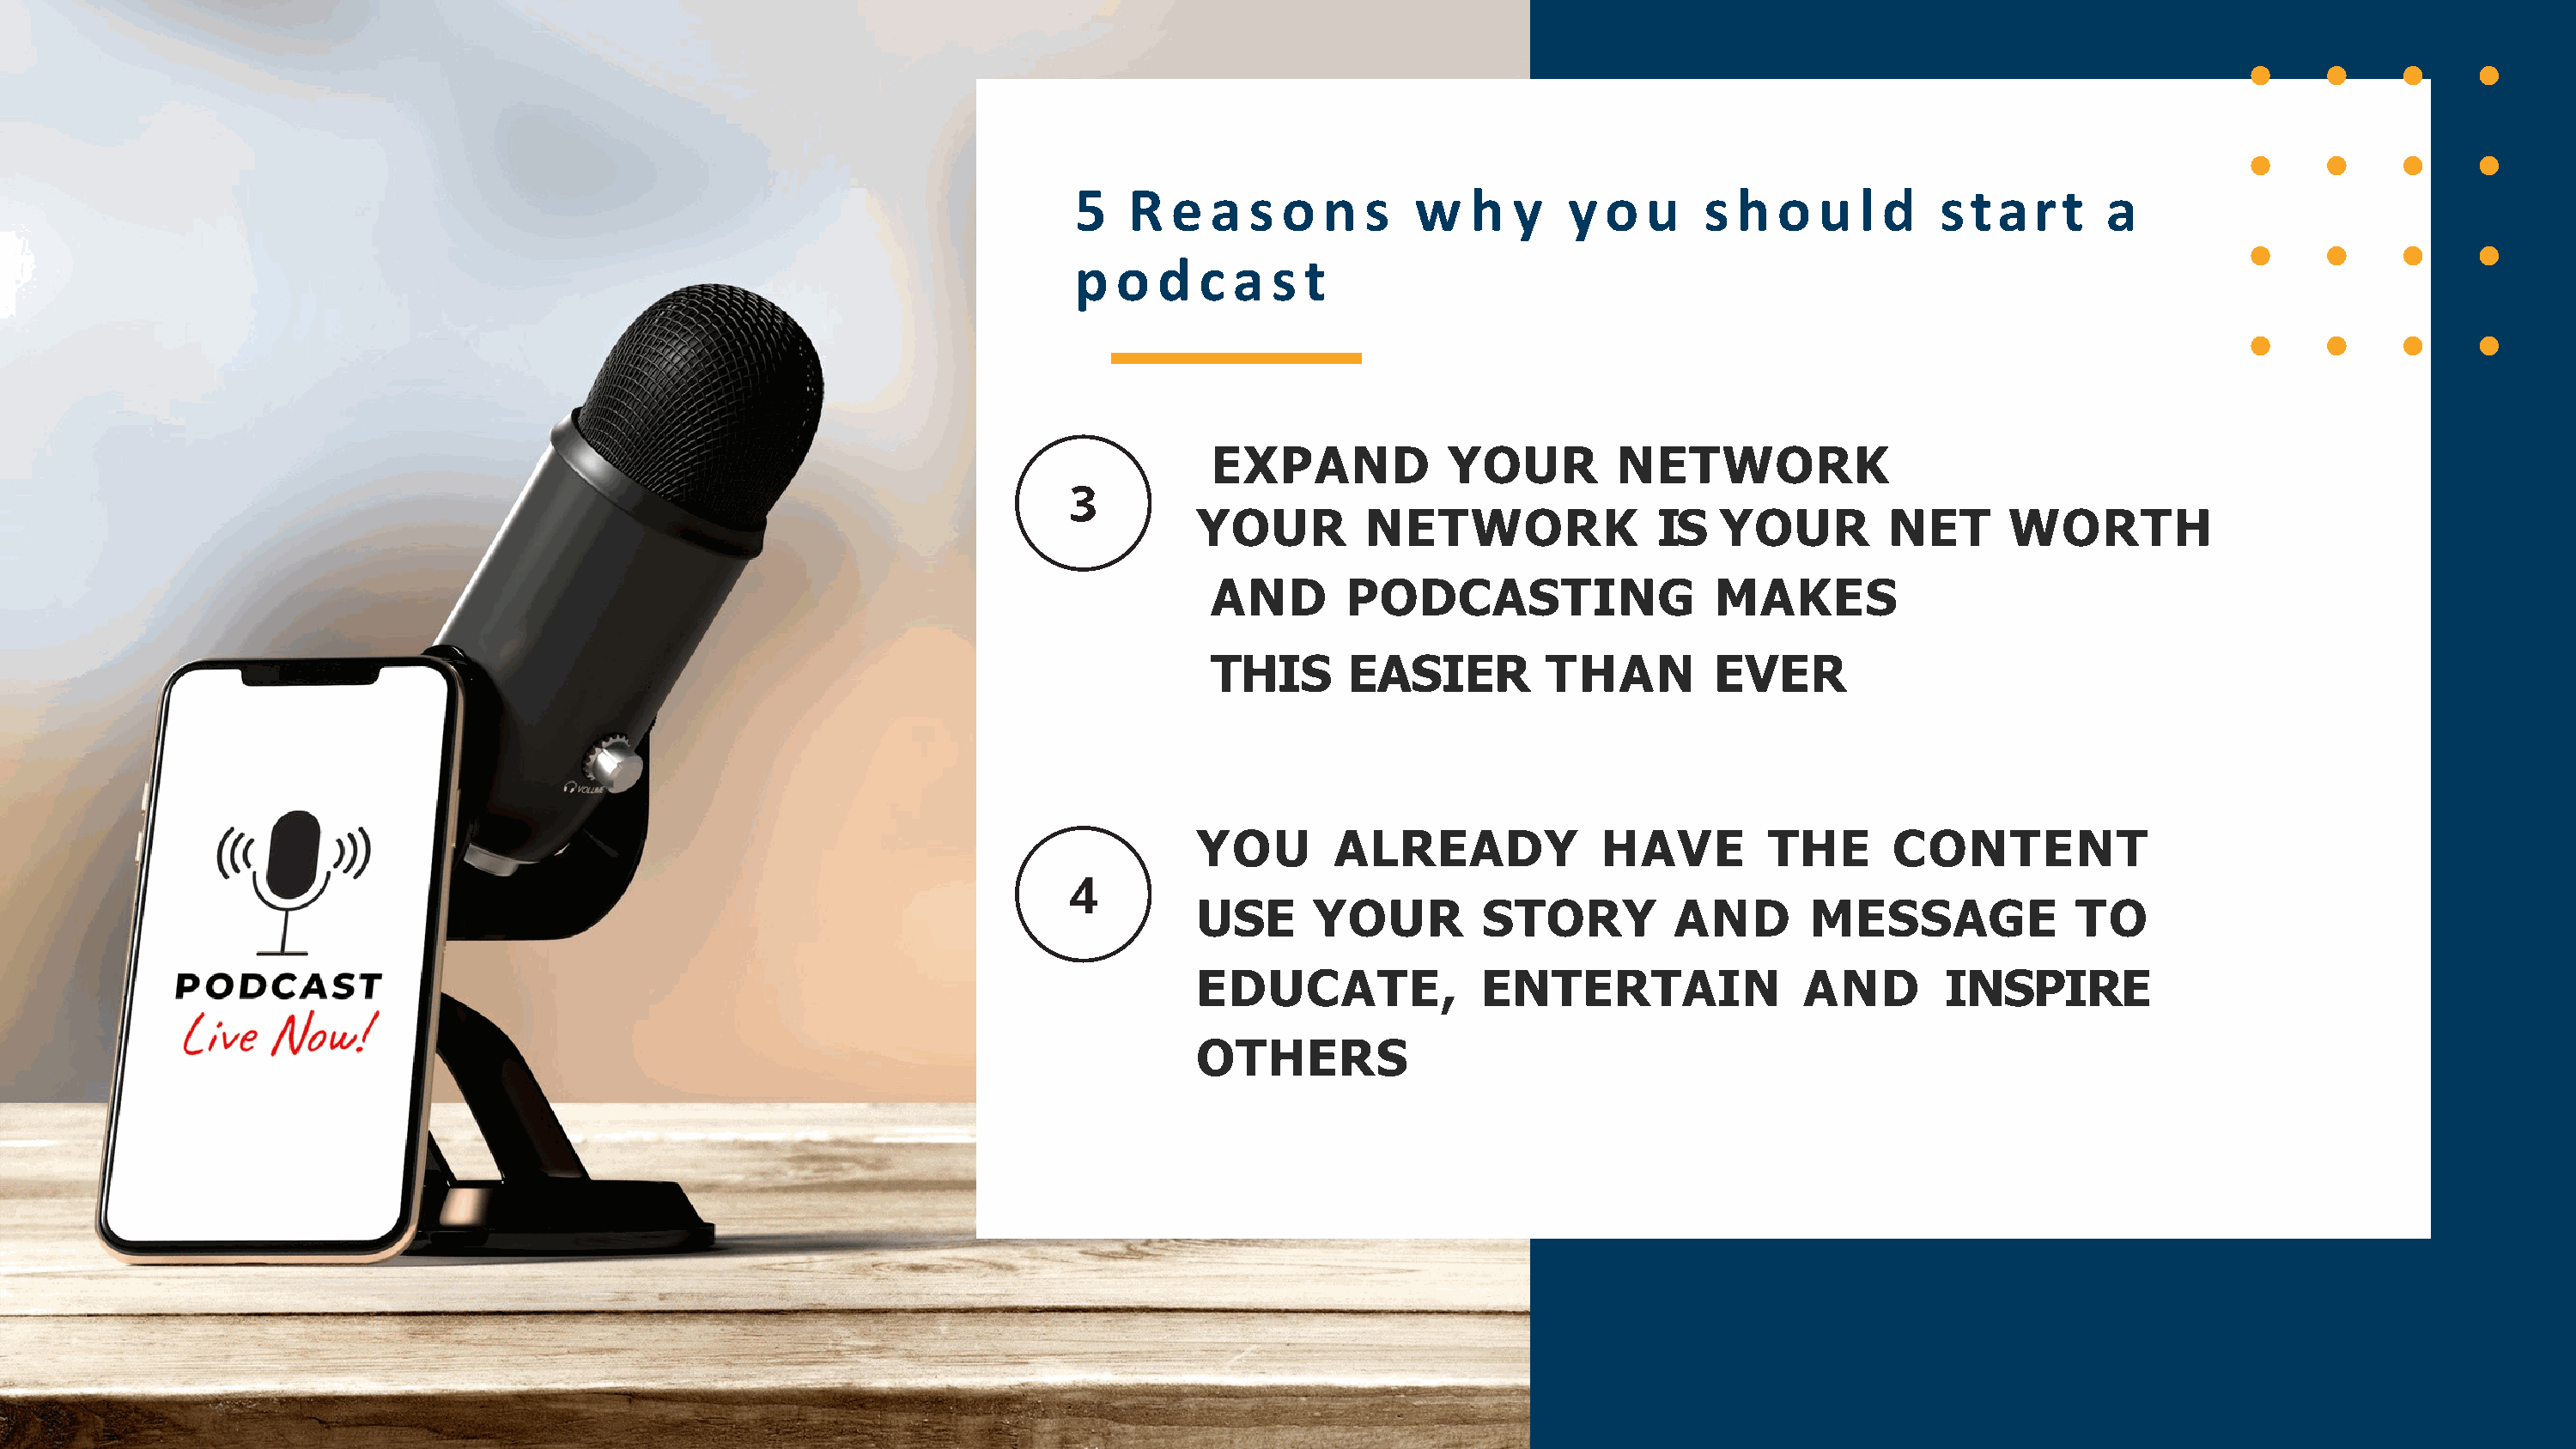
5   R  e  a  s  o  n  s   w   h   y   y  o  u   s  h  o  u  l d    s t a  r t  a
 p  o  d  c  a  s  t
 EXPAND             YOUR         NETWORK
 YOUR         NETWORK                IS   YOUR         NET      WORTH
 AND        PODCASTING                  MAKES
 THIS       EASIER         THAN         EVER
 YOU        ALREADY             HAVE         THE       CONTENT
 USE      YOUR         STORY          AND        MESSAGE             TO
 EDUCATE,              ENTERTAIN                AND        INSPIRE
 OTHERS